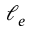
\ell _ { e }